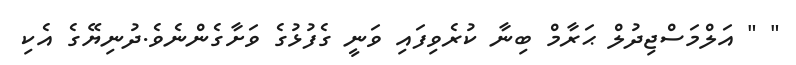
" " އަލްމަސްޖިދުލް ޙަރާމް ބިނާ ކުރެވިފައި ވަނީ ގެފުޅުގެ ވަށާގެންނެވެ.ދުނިޔޭގެ އެކި